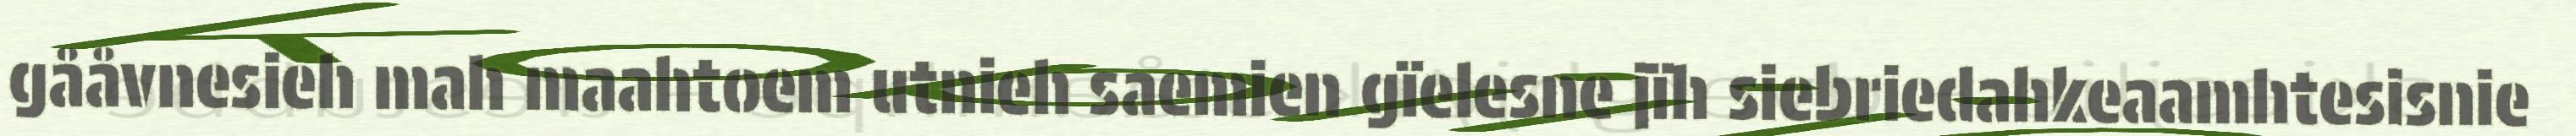
gååvnesieh mah maahtoem utnieh saemien gïelesne jïh siebriedahkeaamhtesisnie